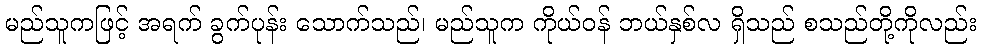
မည်သူကဖြင့် အရက် ခွက်ပုန်း သောက်သည်၊ မည်သူက ကိုယ်ဝန် ဘယ်နှစ်လ ရှိသည် စသည်တို့ကိုလည်း